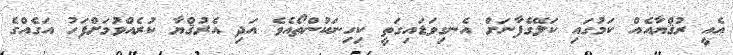
އެއީ ރުޤްޔާއެއް ކަމުގައި ކަލޭގެފާނަށް އެނގިވަޑައިގަތީ ކިހިނަކުންތޯއެވެ އަދި އެރުޤްޔާ ކުރެއްވުމަށްފަހު އަގެއްގެ